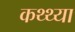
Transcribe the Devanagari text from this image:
कथ्थ्या